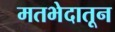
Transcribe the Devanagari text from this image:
मतभेदातून